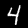
Digit: 4